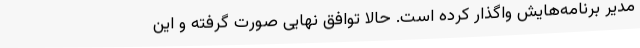
مدیر برنامه‌هایش واگذار کرده است. حالا توافق نهایی صورت گرفته و این